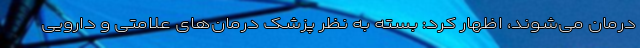
درمان می‌شوند، اظهار کرد: بسته به نظر پزشک درمان‌های علامتی و دارویی